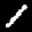
Label: 1